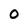
Character: 0